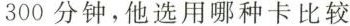
300分钟，他选用哪种卡比较